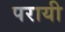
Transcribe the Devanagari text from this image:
परायी